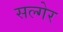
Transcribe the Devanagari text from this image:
सल्गेर